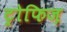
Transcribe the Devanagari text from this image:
ट्रोफिज़